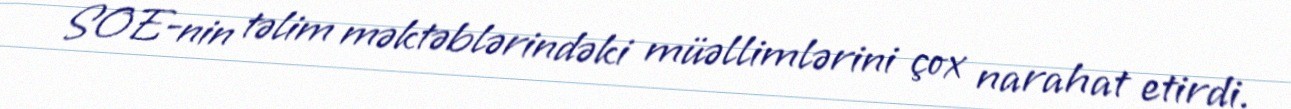
SOE-nin təlim məktəblərindəki müəllimlərini çox narahat etirdi.